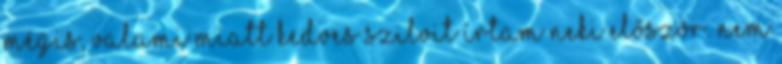
Mégis, valami miatt Kedves Szilvit írtam neki először. Nem